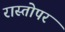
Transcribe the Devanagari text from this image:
रास्तोपर